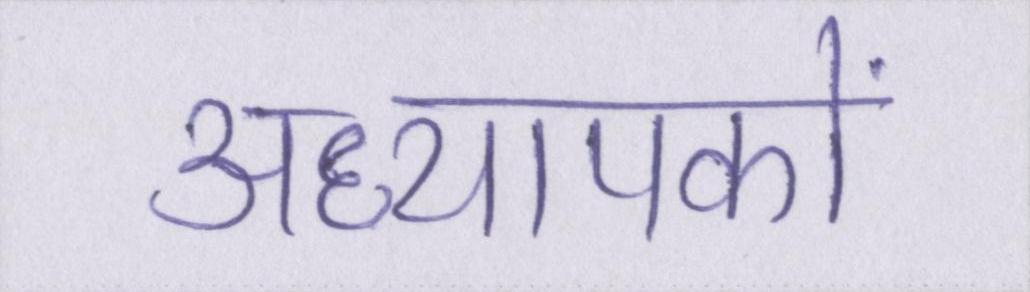
अध्यापकों